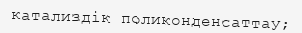
катализдік поликонденсаттау;